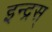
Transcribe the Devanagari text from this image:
इन्द्रस्